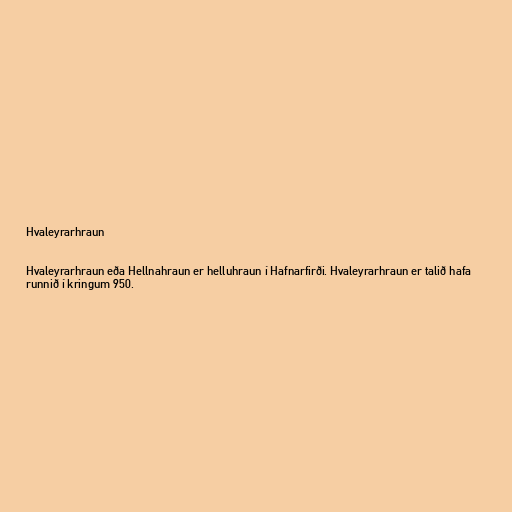
Hvaleyrarhraun

Hvaleyrarhraun eða Hellnahraun er helluhraun í Hafnarfirði. Hvaleyrarhraun er talið hafa
runnið í kringum 950.